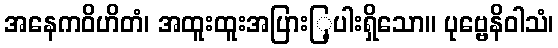
အနေကဝိဟိတံ၊ အထူးထူးအပြားြ့ပါးရှိသော။ ပုဗ္ဗေနိဝါသံ၊